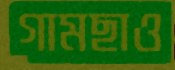
গামছাও